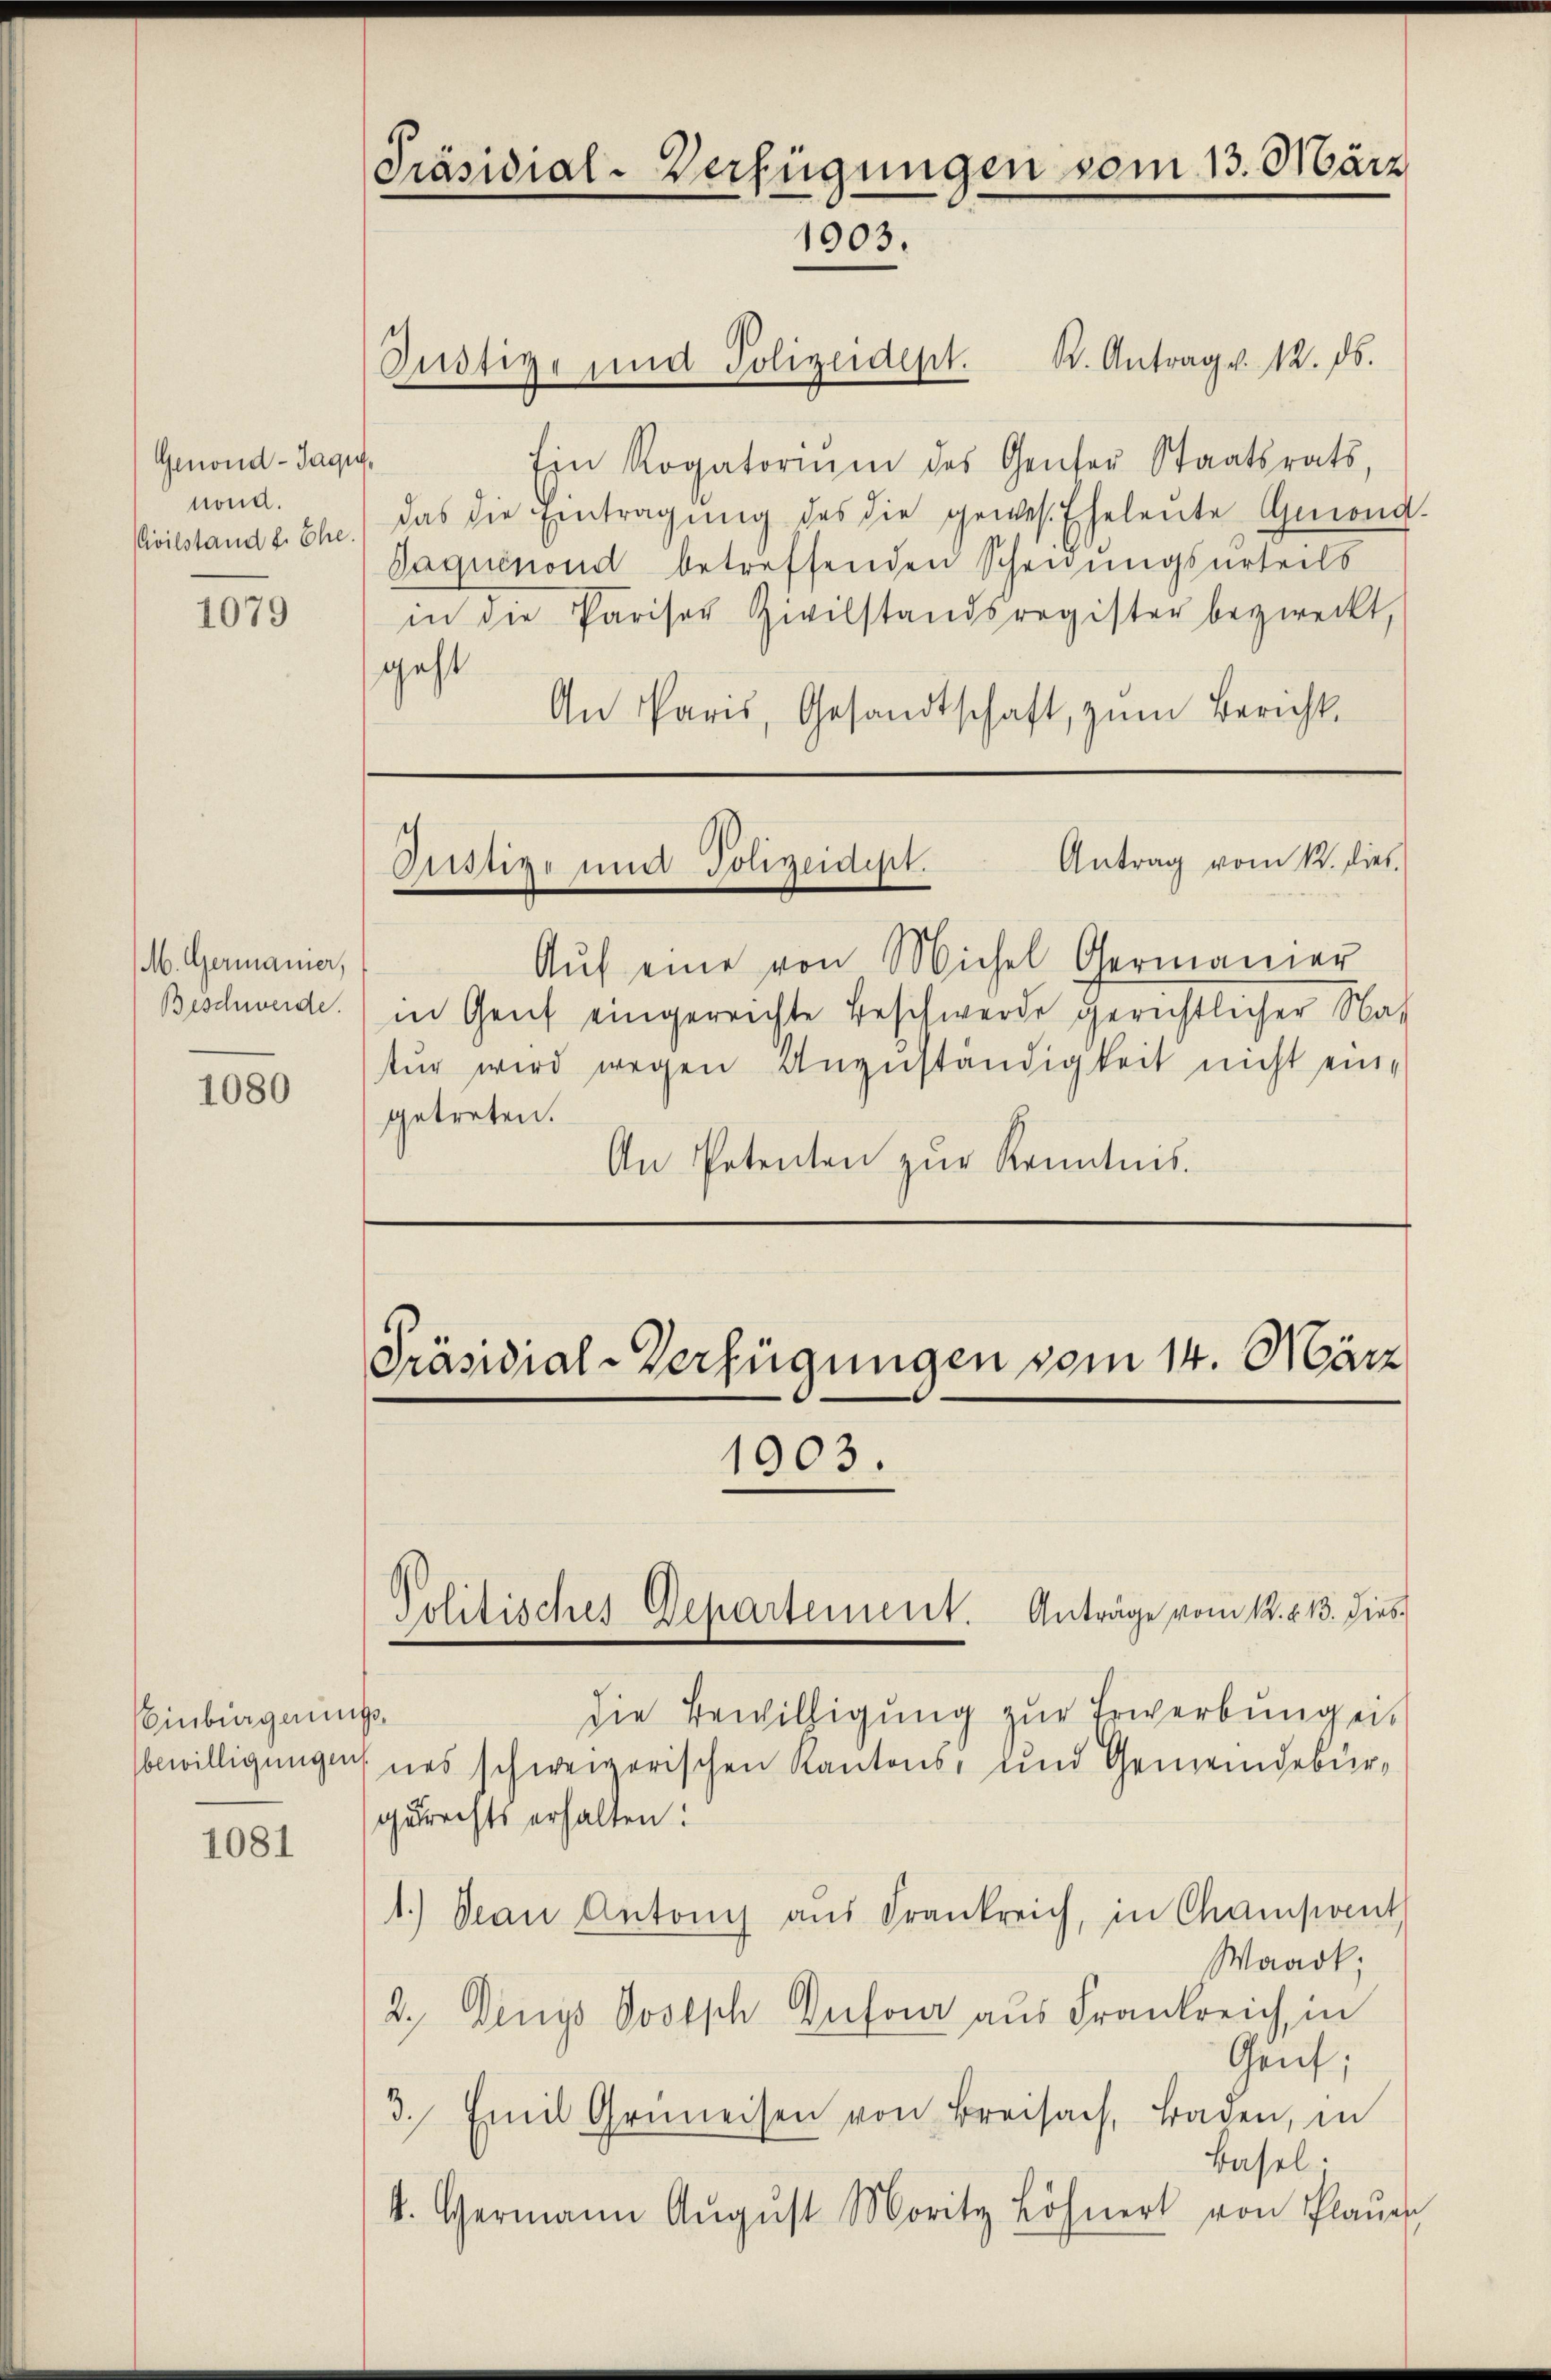
Genond-Jaqu
nond.

1079

M. Germanner,
Beschwerde.

1080

Einbürgerungs¬

1081

Präsidial-Verfügungen vom 13. März
1903.
K. Antrag v. 12. ds.
Oustiz- und Polizeidept.

Antrag vom 12. dies
Onstige und Polizeidigt.

Ein Rogatorium des Genter Staatsrats,
Civilstand b. Ehe.) das die Eintragŭng des die gewes. Eheleute Gmond-
Gaquinond betreffenden Scheidungsurteils
in die Pariser Zivilstandsregister bezweckt,
geht
An Paris, Gesandtschaft, zum Bericht¬

Aŭf eine von Michel Germanier
in Genf eingereichte Beschwerde gerichtlicher Natur wird wegen Unzuständigkeit nicht eingetreten.
An Petenten zur Kenntnis.

1903.

die Bewilligung zur Erwerbung ei
sbewilligungen uns schweizerischen Kantons- und Gemeindebürgedrechts erhalten:
1.) Dan Antoni aus Frankreich, in Champvent
Waack;
2.) Denys Postsch Dufour aus Frankreich, in
Genf,
3. Emil Gemeisen von Breisach, Baden, in
Basel.
4. Germann Aŭgŭst Moritz Löhnert von Plaŭe

Präsidial-Verfügungen vom 14. März

Politisches Departement. Anträge vom 12. d. 13. dies¬